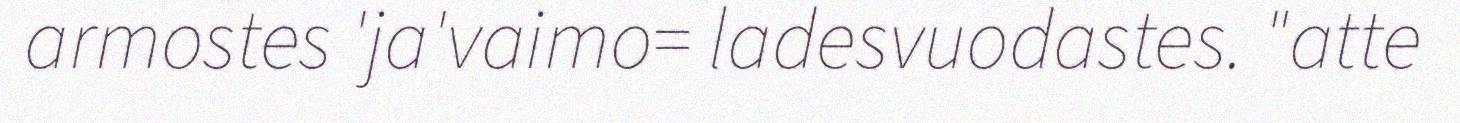
armostes 'ja'vaimo= ladesvuodastes. "atte